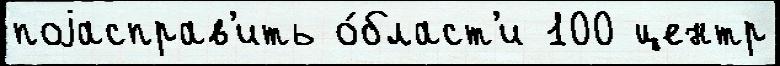
поjасправ'ить о́бласт'и 100 центр